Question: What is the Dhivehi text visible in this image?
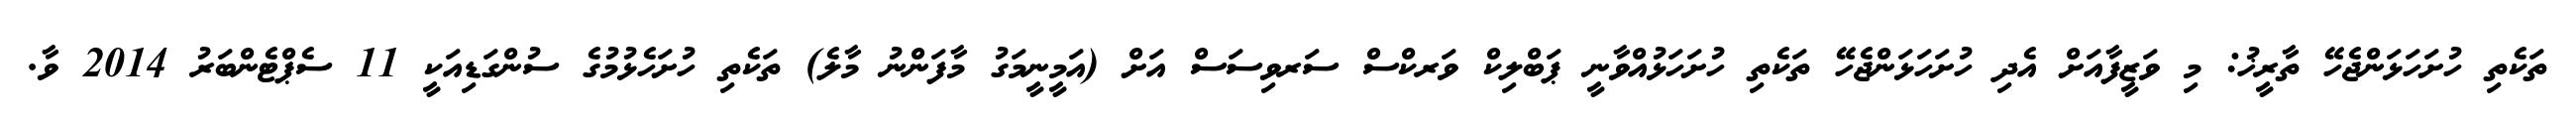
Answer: ތަކެތި ހުށަހަޅަންޖެހޭ ތާރީޚު: މި ވަޒީފާއަށް އެދި ހުށަހަޅަންޖެހޭ ތަކެތި ހުށަހަޅުއްވާނީ ޕަބްލިކް ވަރކްސް ސަރވިސަސް އަށް (އަމީނީމަގު މާފަންނު މާލެ) ތަކެތި ހުށަހެޅުމުގެ ސުންގަޑިއަކީ 11 ސެޕްޓެންބަރު 2014 ވާ.